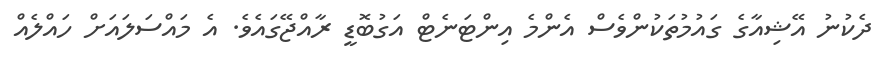
ދެކުނު އޭޝިއާގެ ގައުމުތަކުންވެސް އެންމެ އިންޓަނެޓް އަގުބޮޑީ ރާއްޖޭގައެވެ. އެ މައްސަލައަށް ހައްލެއް